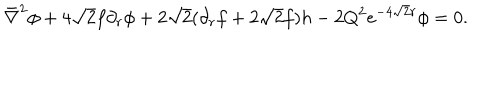
\bar { \nabla } ^ { 2 } \phi + 4 \sqrt 2 f \partial _ { r } \phi + 2 \sqrt 2 ( \partial _ { r } f + 2 \sqrt 2 f ) h - 2 Q ^ { 2 } e ^ { - 4 \sqrt 2 r } \phi = 0 .